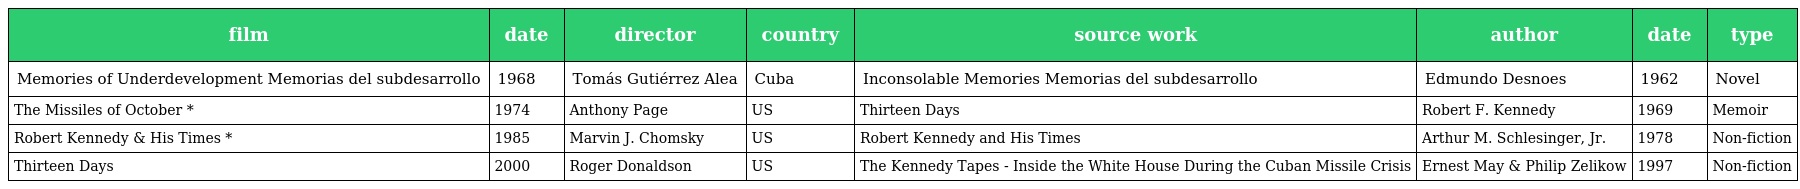
| film | date | director | country | source work | author | date | type |
 | --- | --- | --- | --- | --- | --- | --- | --- |
 | Memories of Underdevelopment Memorias del subdesarrollo | 1968 | Tomás Gutiérrez Alea | Cuba | Inconsolable Memories Memorias del subdesarrollo | Edmundo Desnoes | 1962 | Novel |
 | The Missiles of October * | 1974 | Anthony Page | US | Thirteen Days | Robert F. Kennedy | 1969 | Memoir |
 | Robert Kennedy & His Times * | 1985 | Marvin J. Chomsky | US | Robert Kennedy and His Times | Arthur M. Schlesinger, Jr. | 1978 | Non-fiction |
 | Thirteen Days | 2000 | Roger Donaldson | US | The Kennedy Tapes - Inside the White House During the Cuban Missile Crisis | Ernest May & Philip Zelikow | 1997 | Non-fiction |